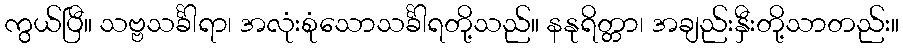
ကွယ်ပြီ။ သဗ္ဗသင်္ခါရာ၊ အလုံးစုံသောသင်္ခါရတို့သည်။ နနုရိတ္တာ၊ အချည်းနှီးတို့သာတည်း။